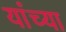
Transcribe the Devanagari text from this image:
यांंच्या